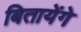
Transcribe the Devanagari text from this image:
बितायेंगे